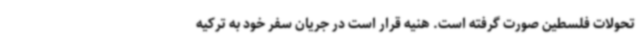
تحولات فلسطین صورت گرفته است. هنیه قرار است در جریان سفر خود به ترکیه